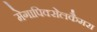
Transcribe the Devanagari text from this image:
मेगापिक्सेलकैमरा